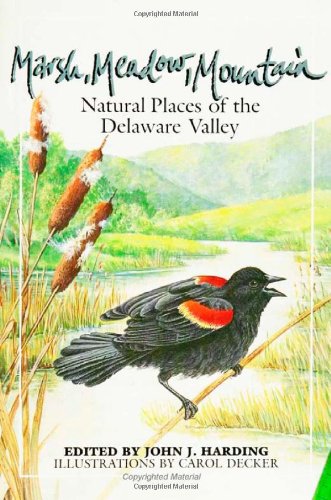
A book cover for Marsh Meadow Mountain (Natural Places of the Delaware Valley); John Harding; Travel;